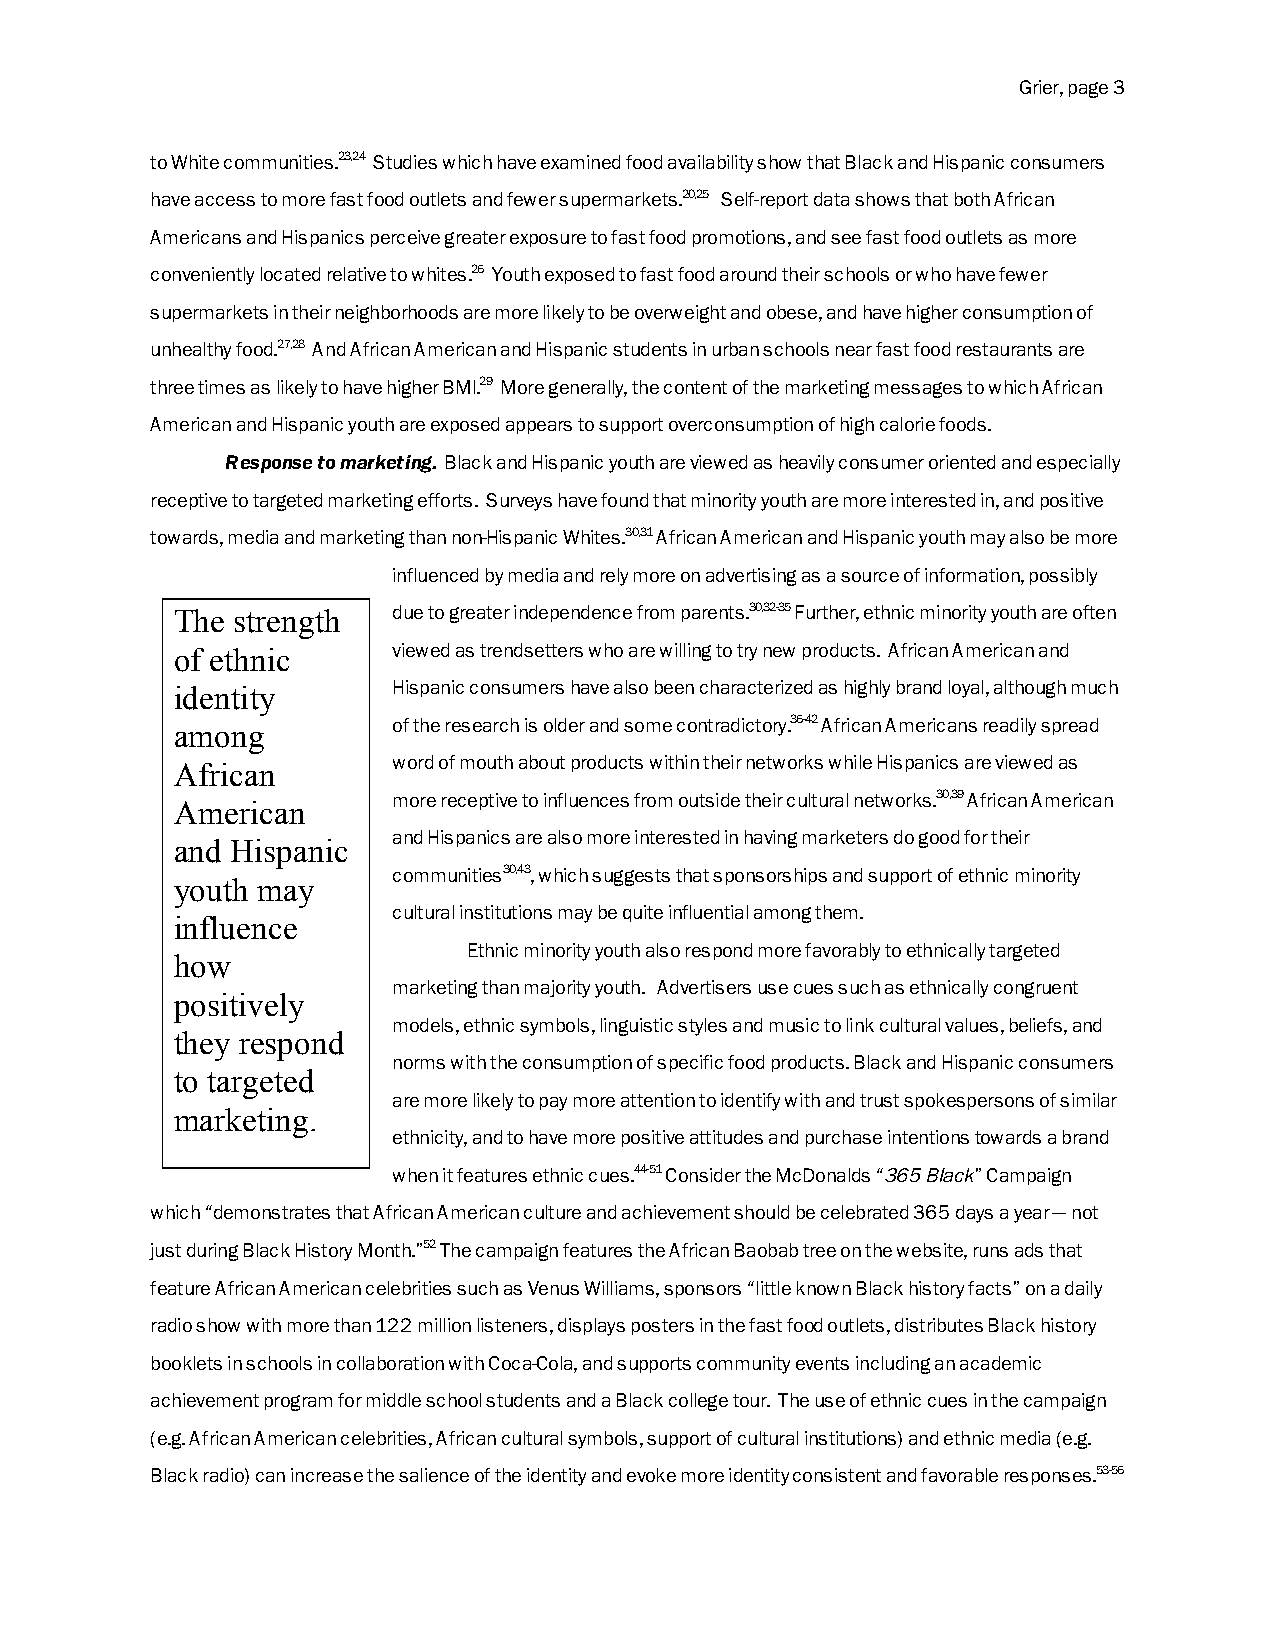
Grier, page 3
 to White communities.23,24 Studies which have examined food availability show that Black and Hispanic consumers
 have access to more fast food outlets and fewer supermarkets.20,25 Self-report data shows that both African
 Americans and Hispanics perceive greater exposure to fast food promotions, and see fast food outlets as more
 conveniently located relative to whites.26 Youth exposed to fast food around their schools or who have fewer
 supermarkets in their neighborhoods are more likely to be overweight and obese, and have higher consumption of
 unhealthy food.27,28 And African American and Hispanic students in urban schools near fast food restaurants are
 three times as likely to have higher BMI.29 More generally, the content of the marketing messages to which African
 American and Hispanic youth are exposed appears to support overconsumption of high calorie foods.
 Response to marketing. Black and Hispanic youth are viewed as heavily consumer oriented and especially
 receptive to targeted marketing efforts. Surveys have found that minority youth are more interested in, and positive
 towards, media and marketing than non-Hispanic Whites.30,31 African American and Hispanic youth may also be more
 influenced by media and rely more on advertising as a source of information, possibly
 The strength  due to greater independence from parents.30,32-35 Further, ethnic minority youth are often
 of ethnic     viewed as trendsetters who are willing to try new products. African American and
 identity      Hispanic consumers have also been characterized as highly brand loyal, although much
 among         of the research is older and some contradictory.36-42 African Americans readily spread
 African       word of mouth about products within their networks while Hispanics are viewed as
 more receptive to influences from outside their cultural networks.30,39 African American
 American
 and Hispanics are also more interested in having marketers do good for their
 and Hispanic
 communities30,43, which suggests that sponsorships and support of ethnic minority
 youth may
 cultural institutions may be quite influential among them.
 influence
 Ethnic minority youth also respond more favorably to ethnically targeted
 how
 marketing than majority youth. Advertisers use cues such as ethnically congruent
 positively
 models, ethnic symbols, linguistic styles and music to link cultural values, beliefs, and
 they respond
 norms with the consumption of specific food products. Black and Hispanic consumers
 to targeted
 are more likely to pay more attention to identify with and trust spokespersons of similar
 marketing.
 ethnicity, and to have more positive attitudes and purchase intentions towards a brand
 when it features ethnic cues.44-51 Consider the McDonalds “365 Black” Campaign
 which “demonstrates that African American culture and achievement should be celebrated 365 days a year — not
 just during Black History Month.”52 The campaign features the African Baobab tree on the website, runs ads that
 feature African American celebrities such as Venus Williams, sponsors “little known Black history facts” on a daily
 radio show with more than 122 million listeners, displays posters in the fast food outlets, distributes Black history
 booklets in schools in collaboration with Coca-Cola, and supports community events including an academic
 achievement program for middle school students and a Black college tour. The use of ethnic cues in the campaign
 (e.g. African American celebrities, African cultural symbols, support of cultural institutions) and ethnic media (e.g.
 Black radio) can increase the salience of the identity and evoke more identity consistent and favorable responses.53-56